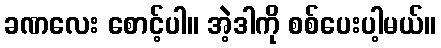
ခဏလေး စောင့်ပါ။ အဲ့ဒါကို စစ်ပေးပါ့မယ်။